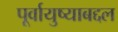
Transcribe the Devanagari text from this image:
पूर्वायुष्याबद्दल